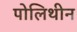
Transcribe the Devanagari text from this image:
पोलिथीन